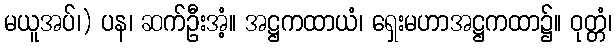
မယူအပ်၊) ပန၊ ဆက်ဦးအံ့။ အဋ္ဌကထာယံ၊ ရှေးမဟာအဋ္ဌကထာ၌။ ဝုတ္တံ၊